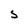
Character: S